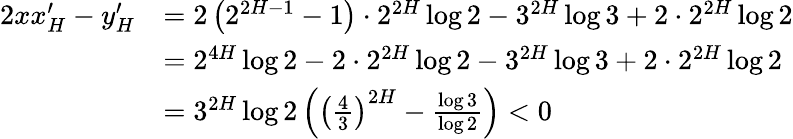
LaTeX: \begin{array}{rl}{2xx_{H}^{\prime}-y_{H}^{\prime}}&{=2\left(2^{2H-1}-1\right)\cdot 2^{2H}\log 2-3^{2H}\log 3+2\cdot 2^{2H}\log 2}\\ &{=2^{4H}\log 2-2\cdot 2^{2H}\log 2-3^{2H}\log 3+2\cdot 2^{2H}\log 2}\\ &{=3^{2H}\log 2\left(\left(\frac 43\right)^{2H}-\frac{\log 3}{\log 2}\right)<0}\end{array}